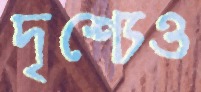
দৃশ্যেও